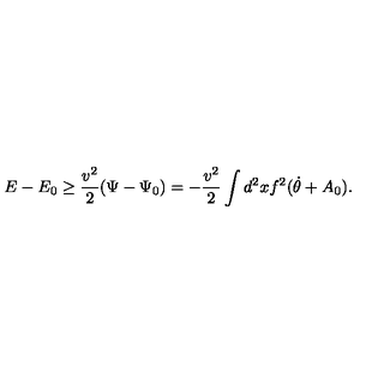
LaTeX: E - E _ { 0 } \ge \frac { v ^ { 2 } } { 2 } ( \Psi - \Psi _ { 0 } ) = - \frac { v ^ { 2 } } { 2 } \int d ^ { 2 } x f ^ { 2 } ( \dot { \theta } + A _ { 0 } ) .